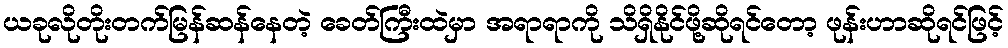
ယခုလိုတိုးတက်မြန်ဆန်နေတဲ့ ခေတ်ကြီးထဲမှာ အရာရာကို သိရှိနိုင်ဖို့ဆိုရင်တော့ ဖုန်းဟာဆိုရင်ဖြင့်